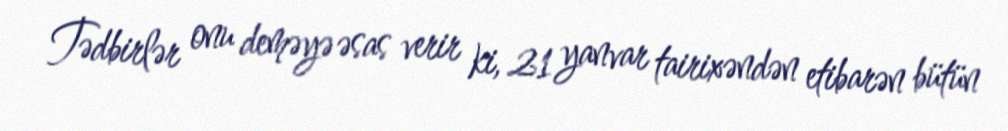
Tədbirlər onu deməyə əsas verir ki, 21 yanvar tairixəndən etibarən bütün